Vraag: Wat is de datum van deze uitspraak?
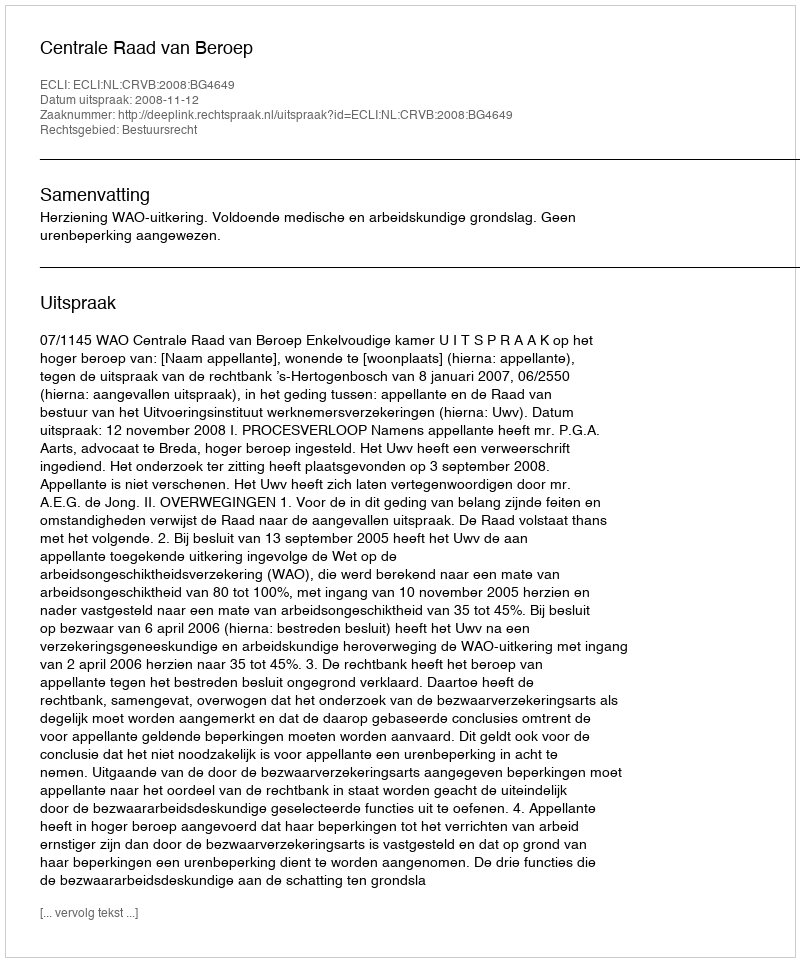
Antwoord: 2008-11-12